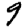
Digit: 9